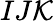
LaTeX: IJ\mathcal{K}